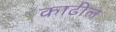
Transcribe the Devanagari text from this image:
काढील